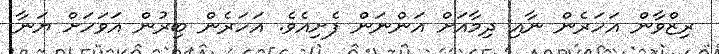
ރިޒްވާން އަހަރެން ނާއި ދިމާއަށް އަންނަން ފެށިއެވެ. އަހަރެން ބިރުން އަވަހަށް ޔަނާ